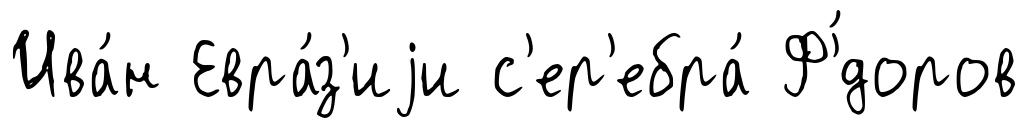
Ива́н Евра́з'иjи с'ер'ебра́ Ф'́доров